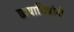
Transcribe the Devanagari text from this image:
छायाचित्रांनी